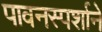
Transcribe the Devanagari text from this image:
पावनस्पर्शाने